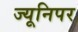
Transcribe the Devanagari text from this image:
ज्यूनिपर